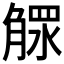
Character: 𣎕